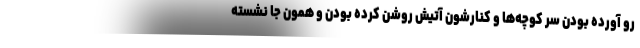
رو آورده بودن سر كوچه‌ها و كنارشون آتيش روشن كرده بودن و همون جا نشسته